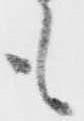
も